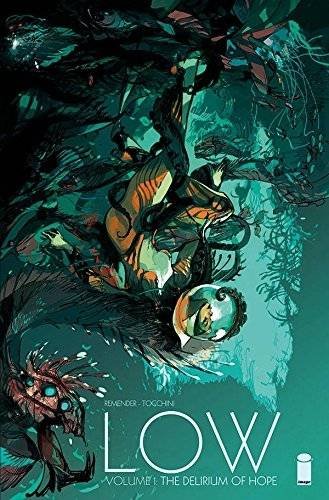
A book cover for Low Volume 1: The Delirium of Hope (Low Tp); Rick Remender; Comics & Graphic Novels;